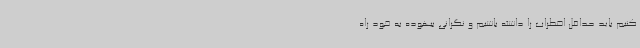
کنیم باید حداقل اضطراب را داشته باشیم و نگرانی بیهوده به خود راه